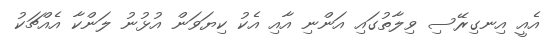
އެއީ އިނގިރޭސި ވިލާތުގައި އަންނި އާއި އެކު ކިޔަވަން އުޅުނު ލަންކާ އެއްޗަކު